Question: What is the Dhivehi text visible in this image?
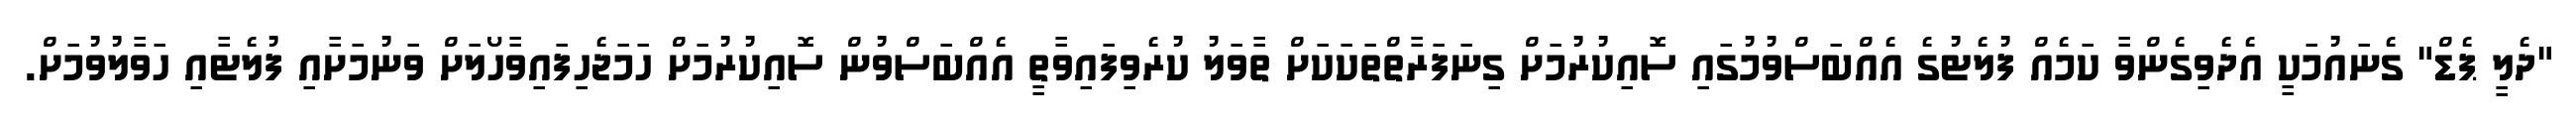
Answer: "ދެލީ ޕެޑް" ގެނައުމަކީ އެދެވިގެންވާ ކަމެއް ފުލެޓުގެ އެއްބަސްވުމުގައި ސޮއިކުރުމަށް ގިނަފަރާތްތަކަކަށް ތާވަލު ކުރެވިފައިވާތީ އެއްބަސްވުން ސޮއިކުރުމަށް ހަމަޖެހިފައިވާހޯލަށް ވަނުމަށާއި ފުލެޓާއި ހަވާލުވުމަށް.